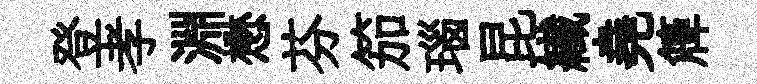
登孝淵懋芬笳瑙昆纎堯簰